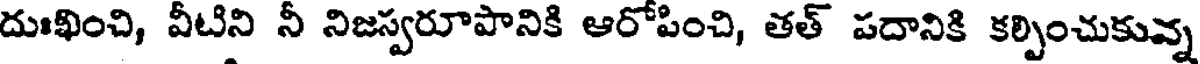
దుఃఖించి, వీటిని నీ నిజస్వరూపానికి ఆరోపించి, తత్ పదానికి కల్పించుకున్న